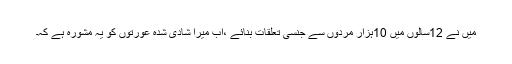
میں نے 12سالوں میں 10ہزار مردوں سے جنسی تعلقات بنائے ،اب میرا شادی شدہ عورتوں کو یہ مشورہ ہے کہ۔